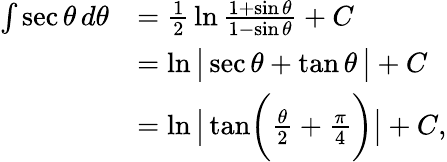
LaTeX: {\begin{array}{rl}{\int\sec\theta\, d\theta}&{={\frac{1}{2}}\ln{\frac{1+\sin\theta}{1-\sin\theta}}+C}\\ &{=\ln{{\bigl|}\sec\theta+\tan\theta\, {\bigr|}}+C}\\ &{=\ln{\left|\, {\tan}{\biggl(}{\frac{\theta}{2}}+{\frac{\pi}{4}}{\biggr)}\right|}+C,}\end{array}}